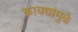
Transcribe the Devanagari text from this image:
कायद्यांमुळे